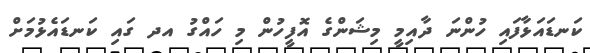
ކަނޑައަޅާފައި ހުންނަ ދާއިމީ މިޝަންގެ އޮފީހުން މި ހައްގު އދ ގައި ކަނޑައެޅުމަށް